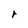
Character: r